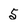
Character: 5